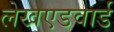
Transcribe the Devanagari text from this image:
लेखएडवार्ड